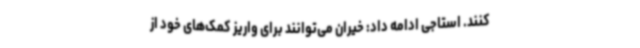
کنند. استاجی ادامه داد: خیران می‌توانند برای واریز کمک‌های خود از